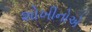
શોખીનોએ